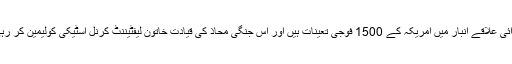
صحرائی علاقے انبار میں امریکہ کے 1500 فوجی تعینات ہیں اور اس جنگی محاذ کی قیادت خاتون لیفٹیننٹ کرنل اسٹیکی کولیمین کر رہی ہیں۔